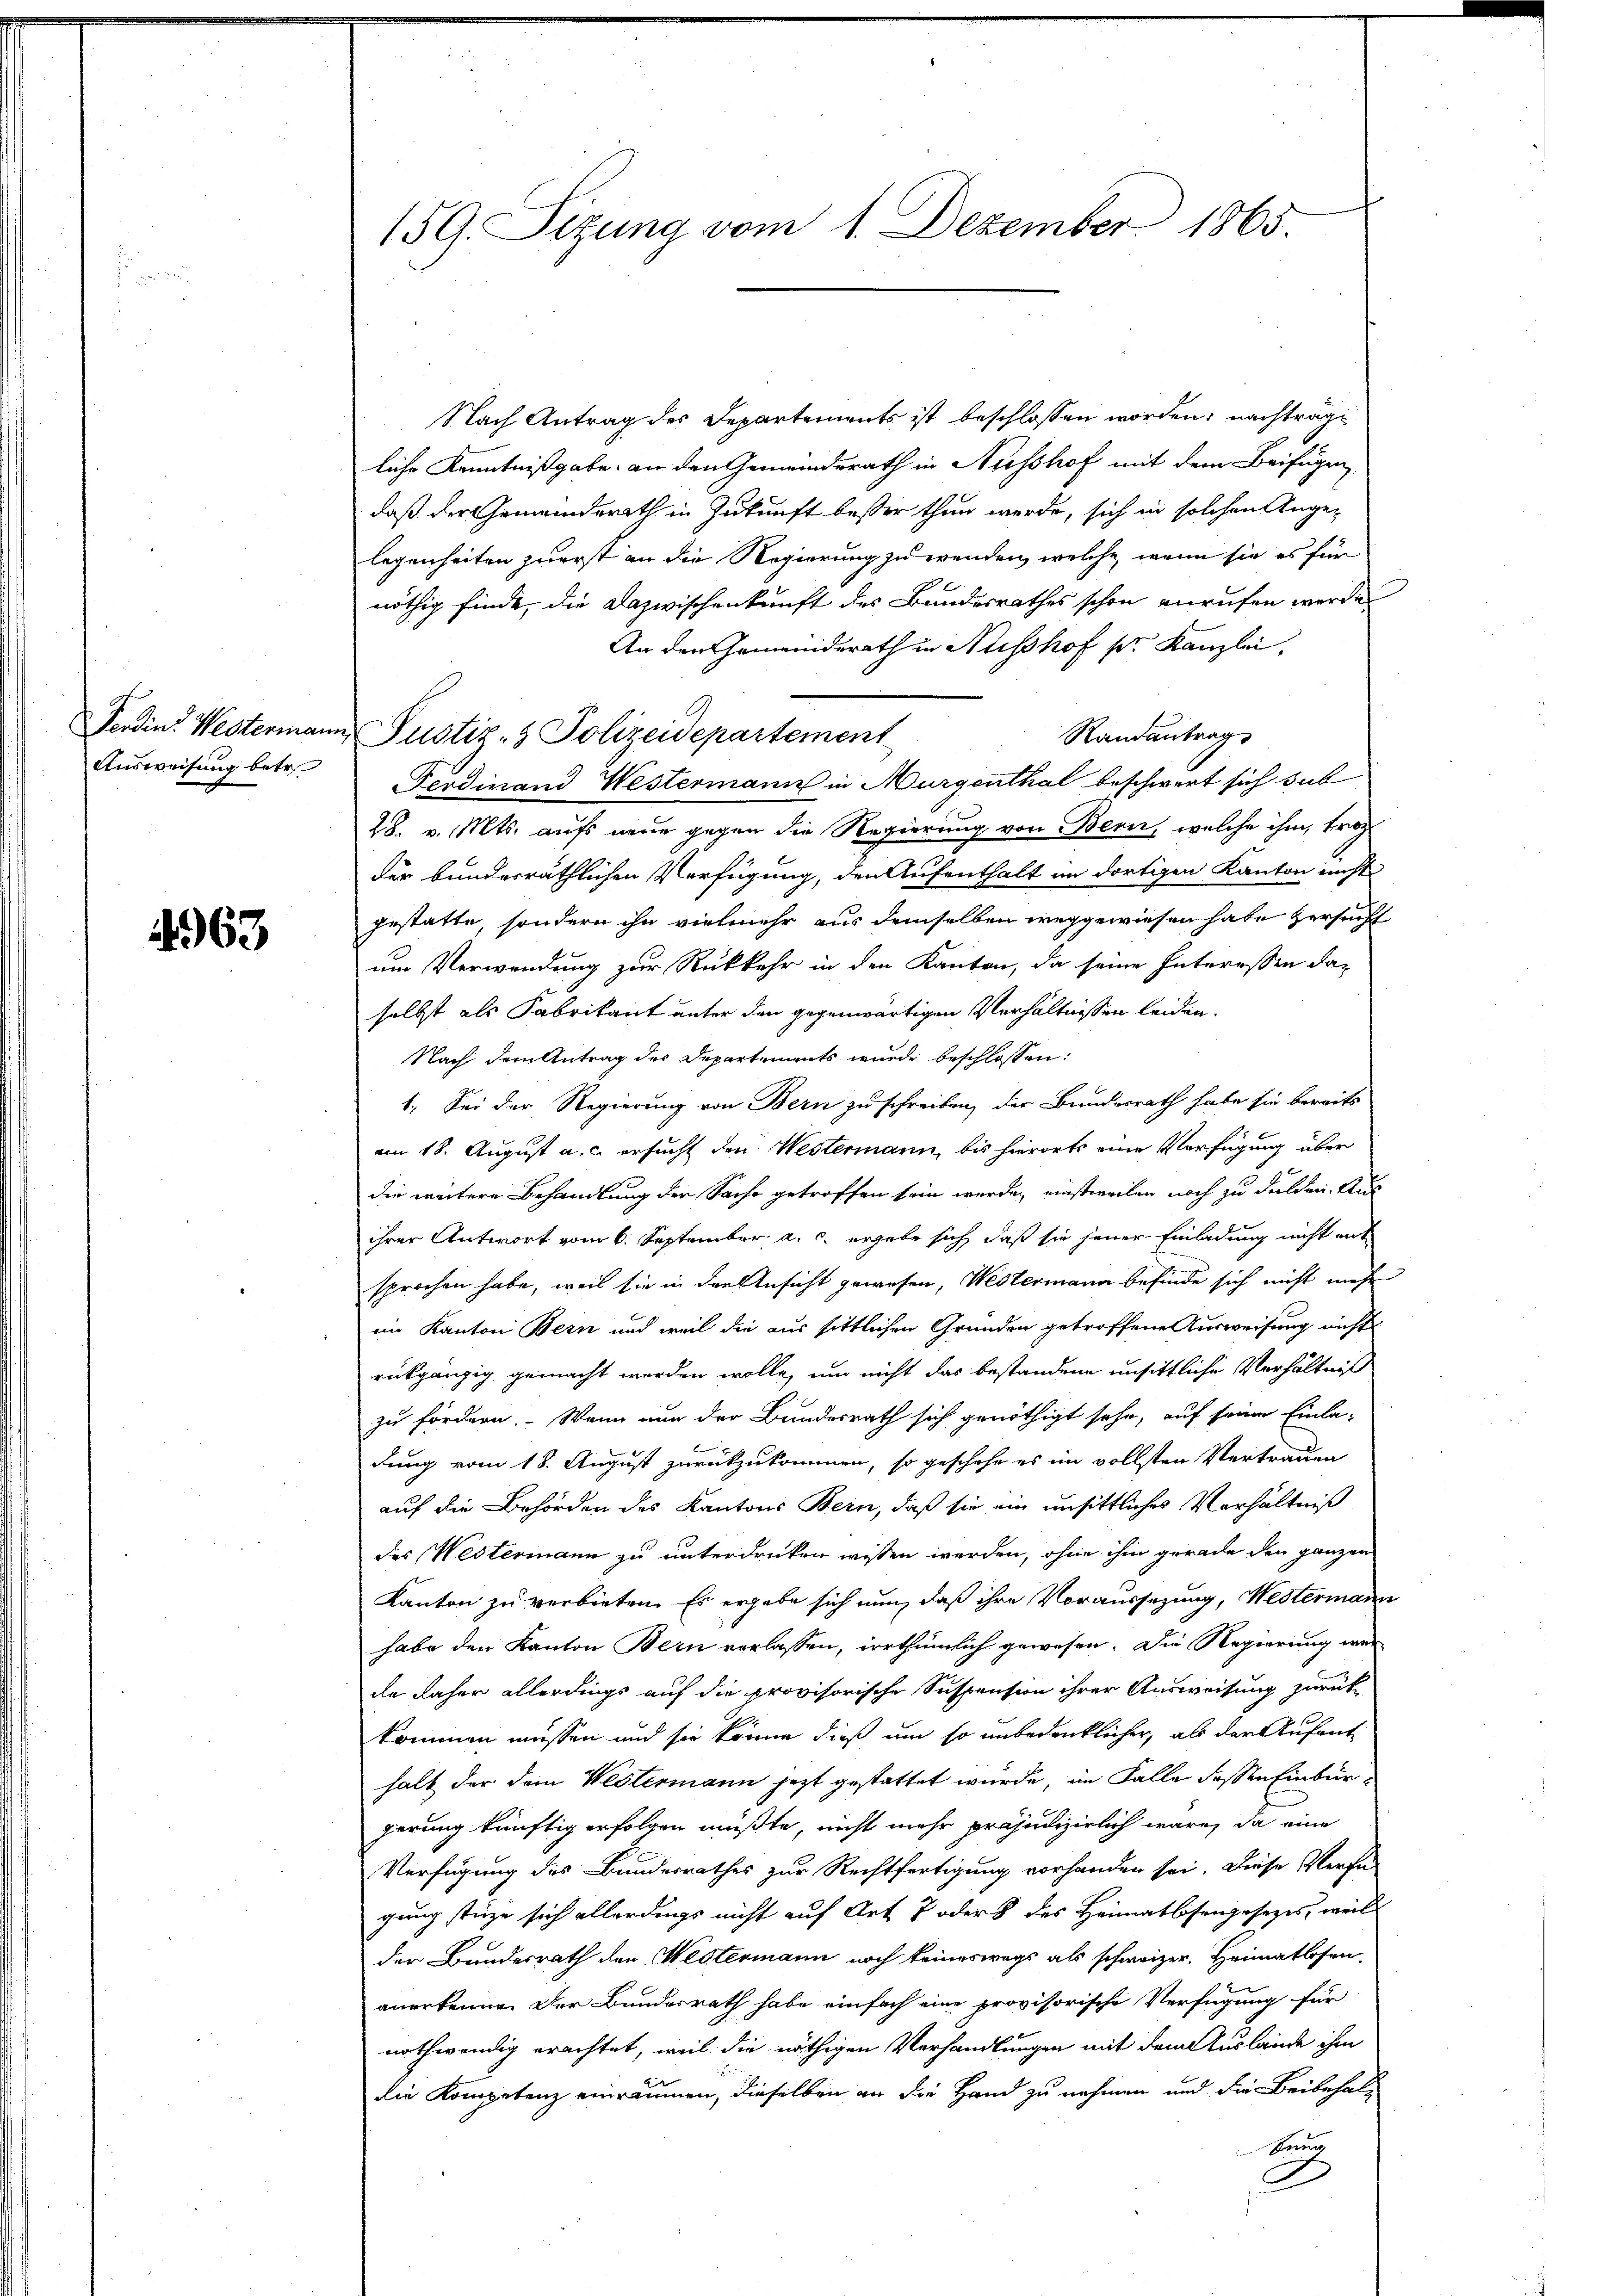
Ferdin. Westermann
Ausweisung betr

4963

159. Sizung vom 1. Dezember 1865.

Justiz- & Polizeidepartement

Nach Antrag des Departements ist beschlossen worden; nachträge
liche Kenntnißgabe, an den Gemeindsrath in Ausshof mit dem Beifügen
daß der Gemeindsrath in Zukunft besser thun werde, sich in solchen Angelegenheiten zuerst an die Regierung zu wenden, welche wenn sie es für
nöthig finde, die Dazwischenkunft des Bundesrathes schon anrufen werde
An den Gemeinderath in Ausshof pr. Kanzlei,
Randantrag
Ferdinand Westermann in Murgenthal beschwert sich sub
28. v. Mts. aufs neue gegen die Regierung von Bern, welche ihm, froh
der bundesräthlichen Verfügung, den Aufenthalt im dortigen Kanton nicht
gestatte, sondern ihn vielmehr aus demselben weggewiesen habe zersucht
um Verwendung zur Rückkehr in den Kanton, da seine Interessen da-
selbst als Fabrikant unter den gegenwärtigen Verhältnissen leiden.
Nach dem Antrag des Departements wurde beschlossen:
1. Sei der Regierung von Bern zu schreiben, der Bundesrath habe sie bereits
am 18. August a.c. ersucht den Westermann, bis hierorts eine Verfügung über
die weitere Behandlung der Sache getroffen sein werde, einstweilen noch zu dulden. Aus
ihrer Antwort vom 6. September a. c. ergebe sich daß sie jener Einladung nicht entsprochen habe, weil sie in den Ansicht gewesen, Westermann befinde sich nicht mehr
im Kanton Bern und weil die aus sittlichen Gründen getroffene Ausweisung nicht
rückgängig gemacht werden wolle, um nicht das bestandene unsittliche Verhältniß
zu fördern. Wenn nun der Bundesrath sich genöthigt sehr, auf seine Einla-
6.
dung vom 18. August zurückzukommen, so geschehe es im vollsten Vertrauen
auf die Behörden des Kantons Bern, daß sie ein unsittliches Verhältniß
des Westermann zu unterdrücken wissen werden, ohne ihm gerade den ganzen
Kanton zu verbieten. Es ergebe sich nun, daß ihre Voraussezung, Westermann
habe den Kanton Bern verlassen, irrthümlich gewesen. Die Regierung werde daher allerdings auf die provisorische Suspension ihrer Ausweisung zurück
kommen müssen und sie könne dieß um so unbedenklicher, als der Aufent
halt der dein Westermann jetzt gestattet wurde, im Falle dessen Einburgerung künftig erfolgen müßte, nicht mehr präjudizierlich wäre, da eine
Verfügung des Bundesrathes zur Rechtfertigung vorhanden sei. Diese Verfü-
gung stüze sich allerdings nicht auf Art. 7 oder 8 des Heimatlosengesetzes, weil
der Bundesrath den Westermann noch keineswegs als schweizer. Heimatlosen,
anerkennen der Bundesrath habe einfach eine provisorische Verfügung für
nothwendig erachtet, weil die nöthigen Verhandlungen mit dem Auslände ihm
die Kompetenz einräumen, dieselben an die Hand zu nehmen und die Beibehalbung
F